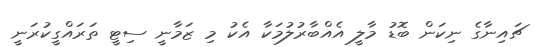
ޗައިނާގެ ނިކަން ބޮޑު މާލީ އެއްބާރުލުމަކާ އެކު މި ޒަމާނީ ސިޓީ ތަރައްގީކުރަނީ